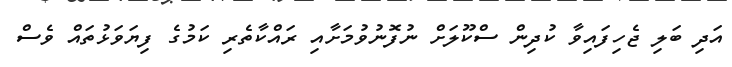
އަދި ބަލި ޖެހިފައިވާ ކުދިން ސްކޫލަށް ނުފޮނުވުމަށާއި ރައްކާތެރި ކަމުގެ ފިޔަވަޅުތައް ވެސް